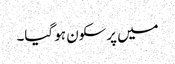
میں پرسکون ہو گیا۔